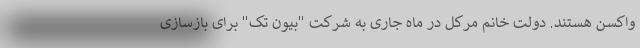
واکسن هستند. دولت خانم مرکل در ماه جاری به شرکت "بیون تک" برای بازسازی